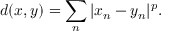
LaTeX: d ( x , y ) = \sum _ { n } | x _ { n } - y _ { n } | ^ { p } .